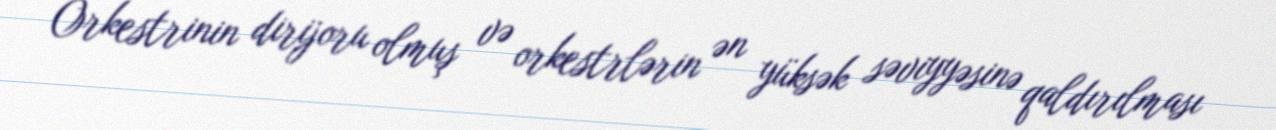
Orkestrinin dirijoru olmuş və orkestrlərin ən yüksək səviyyəsinə qaldırılması